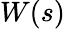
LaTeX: W(s)